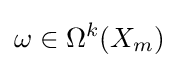
\omega \in \Omega ^{k}(X_{m})